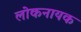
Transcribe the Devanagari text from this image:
लोकनायक